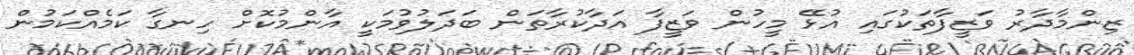
ޒިންމާދާރު ވަޒީފާތަކުގައި އުޅޭ މީހުން ވަޒީފާ އަދާކުރާތަން ބަދަލުވުމަކީ އާންމުކޮށް ހިނގާ ކަމެއްކަމުން